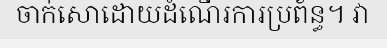
ចាក់សោដោយដំណើរការប្រព័ន្ធ។ វា